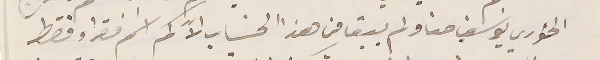
الخوري يوسَف حنا ولم يبق من هذا الحساب الاّ كم اسم فقرا وفقط